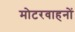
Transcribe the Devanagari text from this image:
मोटरवाहनों